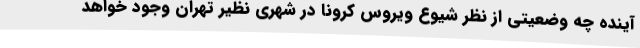
آینده چه وضعیتی از نظر شیوع ویروس کرونا در شهری نظیر تهران وجود خواهد